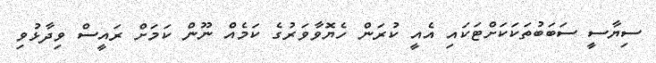
ސިޔާސީ ސަބަބުތަކަކަށްޓަކައި އެއީ ކުރަން ހެޔޮވާވަރުގެ ކަމެއް ނޫން ކަމަށް ރައީސް ވިދާޅުވި